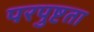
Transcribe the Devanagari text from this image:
परपुष्टता